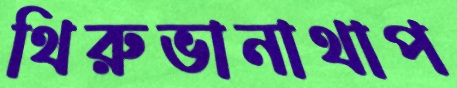
থিরুভানাথাপ